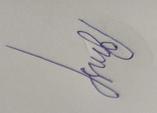
Signature authenticity: forged